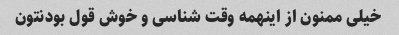
خیلی ممنون از اینهمه وقت شناسی و خوش قول بودنتون